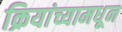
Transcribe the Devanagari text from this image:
क्रियांच्यामधून